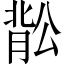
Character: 𬛉